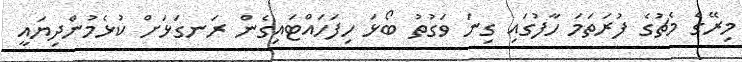
މިރޭގެ މެޗުގެ ފުރަތަމަ ހާފުގައި ގިނަ ވަގުތު ބޯޅަ ހިފަހައްޓައިގެން ރަނގަޅަށް ކުޅެމުންދިޔައީ